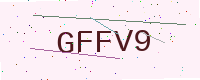
Text: GFFV9